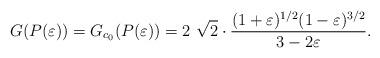
LaTeX: \begin{align*}G(P(\varepsilon))=G_{c_0}(P(\varepsilon))= 2\ \sqrt{2}\cdot\frac{(1+\varepsilon)^{1/2}(1-\varepsilon)^{3/2}}{3 - 2 \varepsilon}.\end{align*}